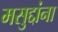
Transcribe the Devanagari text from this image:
मसुद्दांना